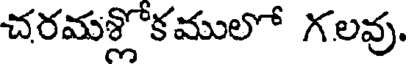
చరమశ్లోకములో గలవు.